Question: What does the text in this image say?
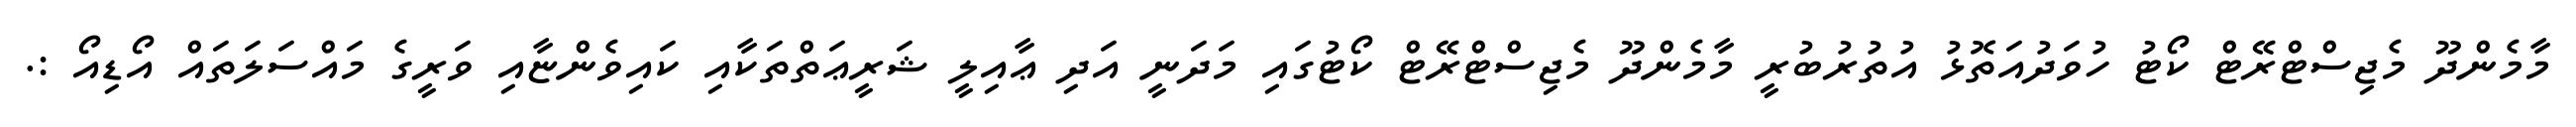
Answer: މާމެންދޫ މެޖިސްޓްރޭޓް ކޯޓު ހުވަދުއަތޮޅު އުތުރުބުރީ މާމެންދޫ މެޖިސްޓްރޭޓް ކޯޓުގައި މަދަނީ އަދި ޢާއިލީ ޝަރީޢަތްތަކާއި ކައިވެންޏާއި ވަރީގެ މައްސަލަތައް އޯޑިއޯ :.